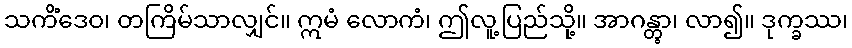
သကိံဒေဝ၊ တကြိမ်သာလျှင်။ ဣမံ လောကံ၊ ဤလူ့ပြည်သို့။ အာဂန္တွာ၊ လာ၍။ ဒုက္ခဿ၊